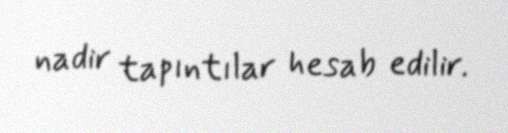
nadir tapıntılar hesab edilir.